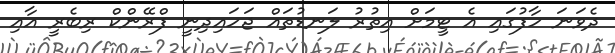
ދެވަނަ ހާފުގައި އެ ޓީމަށް އިތުރު ލަނޑުތައް ޖަހައިދިނީ ފްރޭންކް ރިބެރީ އާއި